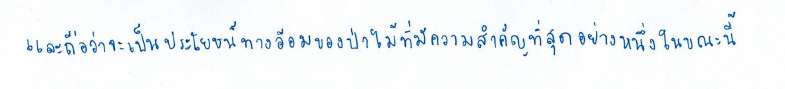
และถือว่าจะเป็นประโยชน์ทางอ้อมของป่าไม้ที่มีความสำคัญที่สุดอย่างหนึ่งในขณะนี้